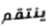
ينتقم